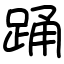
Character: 踊